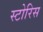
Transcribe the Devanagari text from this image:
स्टोरिस